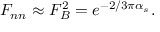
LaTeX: F _ { n n } \approx F _ { B } ^ { 2 } = e ^ { - 2 / 3 \pi \alpha _ { s } } .